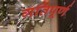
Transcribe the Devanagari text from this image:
गतिपूर्ण